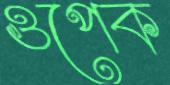
ওপেক